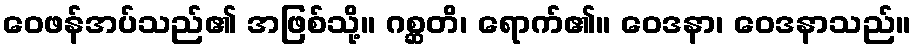
ဝေဖန်အပ်သည်၏ အဖြစ်သို့။ ဂစ္ဆတိ၊ ရောက်၏။ ဝေဒနာ၊ ဝေဒနာသည်။